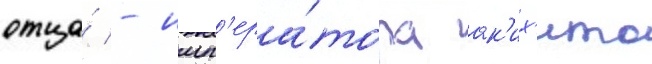
отца́ - имп'ера́тора ак'их'ито